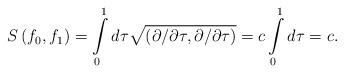
LaTeX: \begin{align*}S\left( f_{0},f_{1}\right) =\int\limits_{0}^{1}d\tau \sqrt{\left( \partial/\partial \tau ,\partial /\partial \tau \right) }=c\int\limits_{0}^{1}d\tau=c.\end{align*}